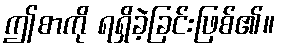
ဤစာကို ရရှိခဲ့ခြင်းဖြစ်၏။